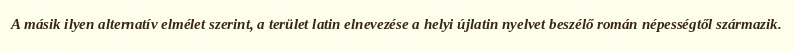
A másik ilyen alternatív elmélet szerint, a terület latin elnevezése a helyi újlatin nyelvet beszélő román népességtől származik.